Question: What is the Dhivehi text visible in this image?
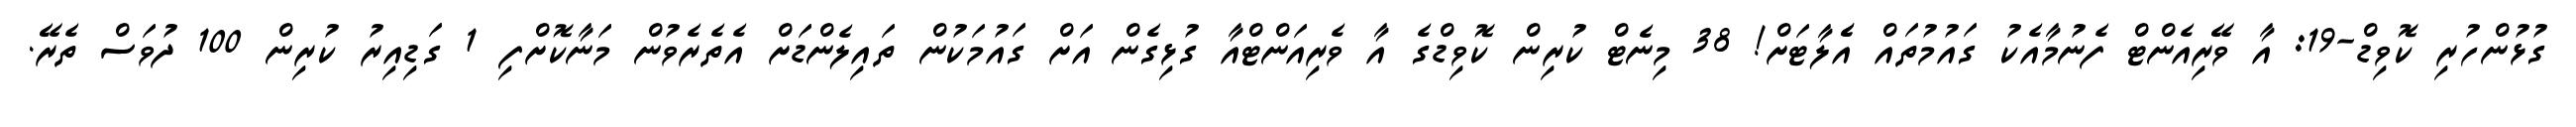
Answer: ގުޅުންހުރި ކޮވިޑް-19: އާ ވޭރިއެންޓް ފެނުމާއެކު ގައުމުތައް އެެލާޓަށް! 38 މިނެޓް ކުރިން ކޮވިޑްގެ އާ ވެރިއަންޓްއާ ގުޅިގެން އަށް ގައުމަކުން ތައިލެންޑަށް އެތެރެވުން މަނާކޮށްފި 1 ގަޑިއިރު ކުރިން 100 ދުވަސް ތެރޭ.